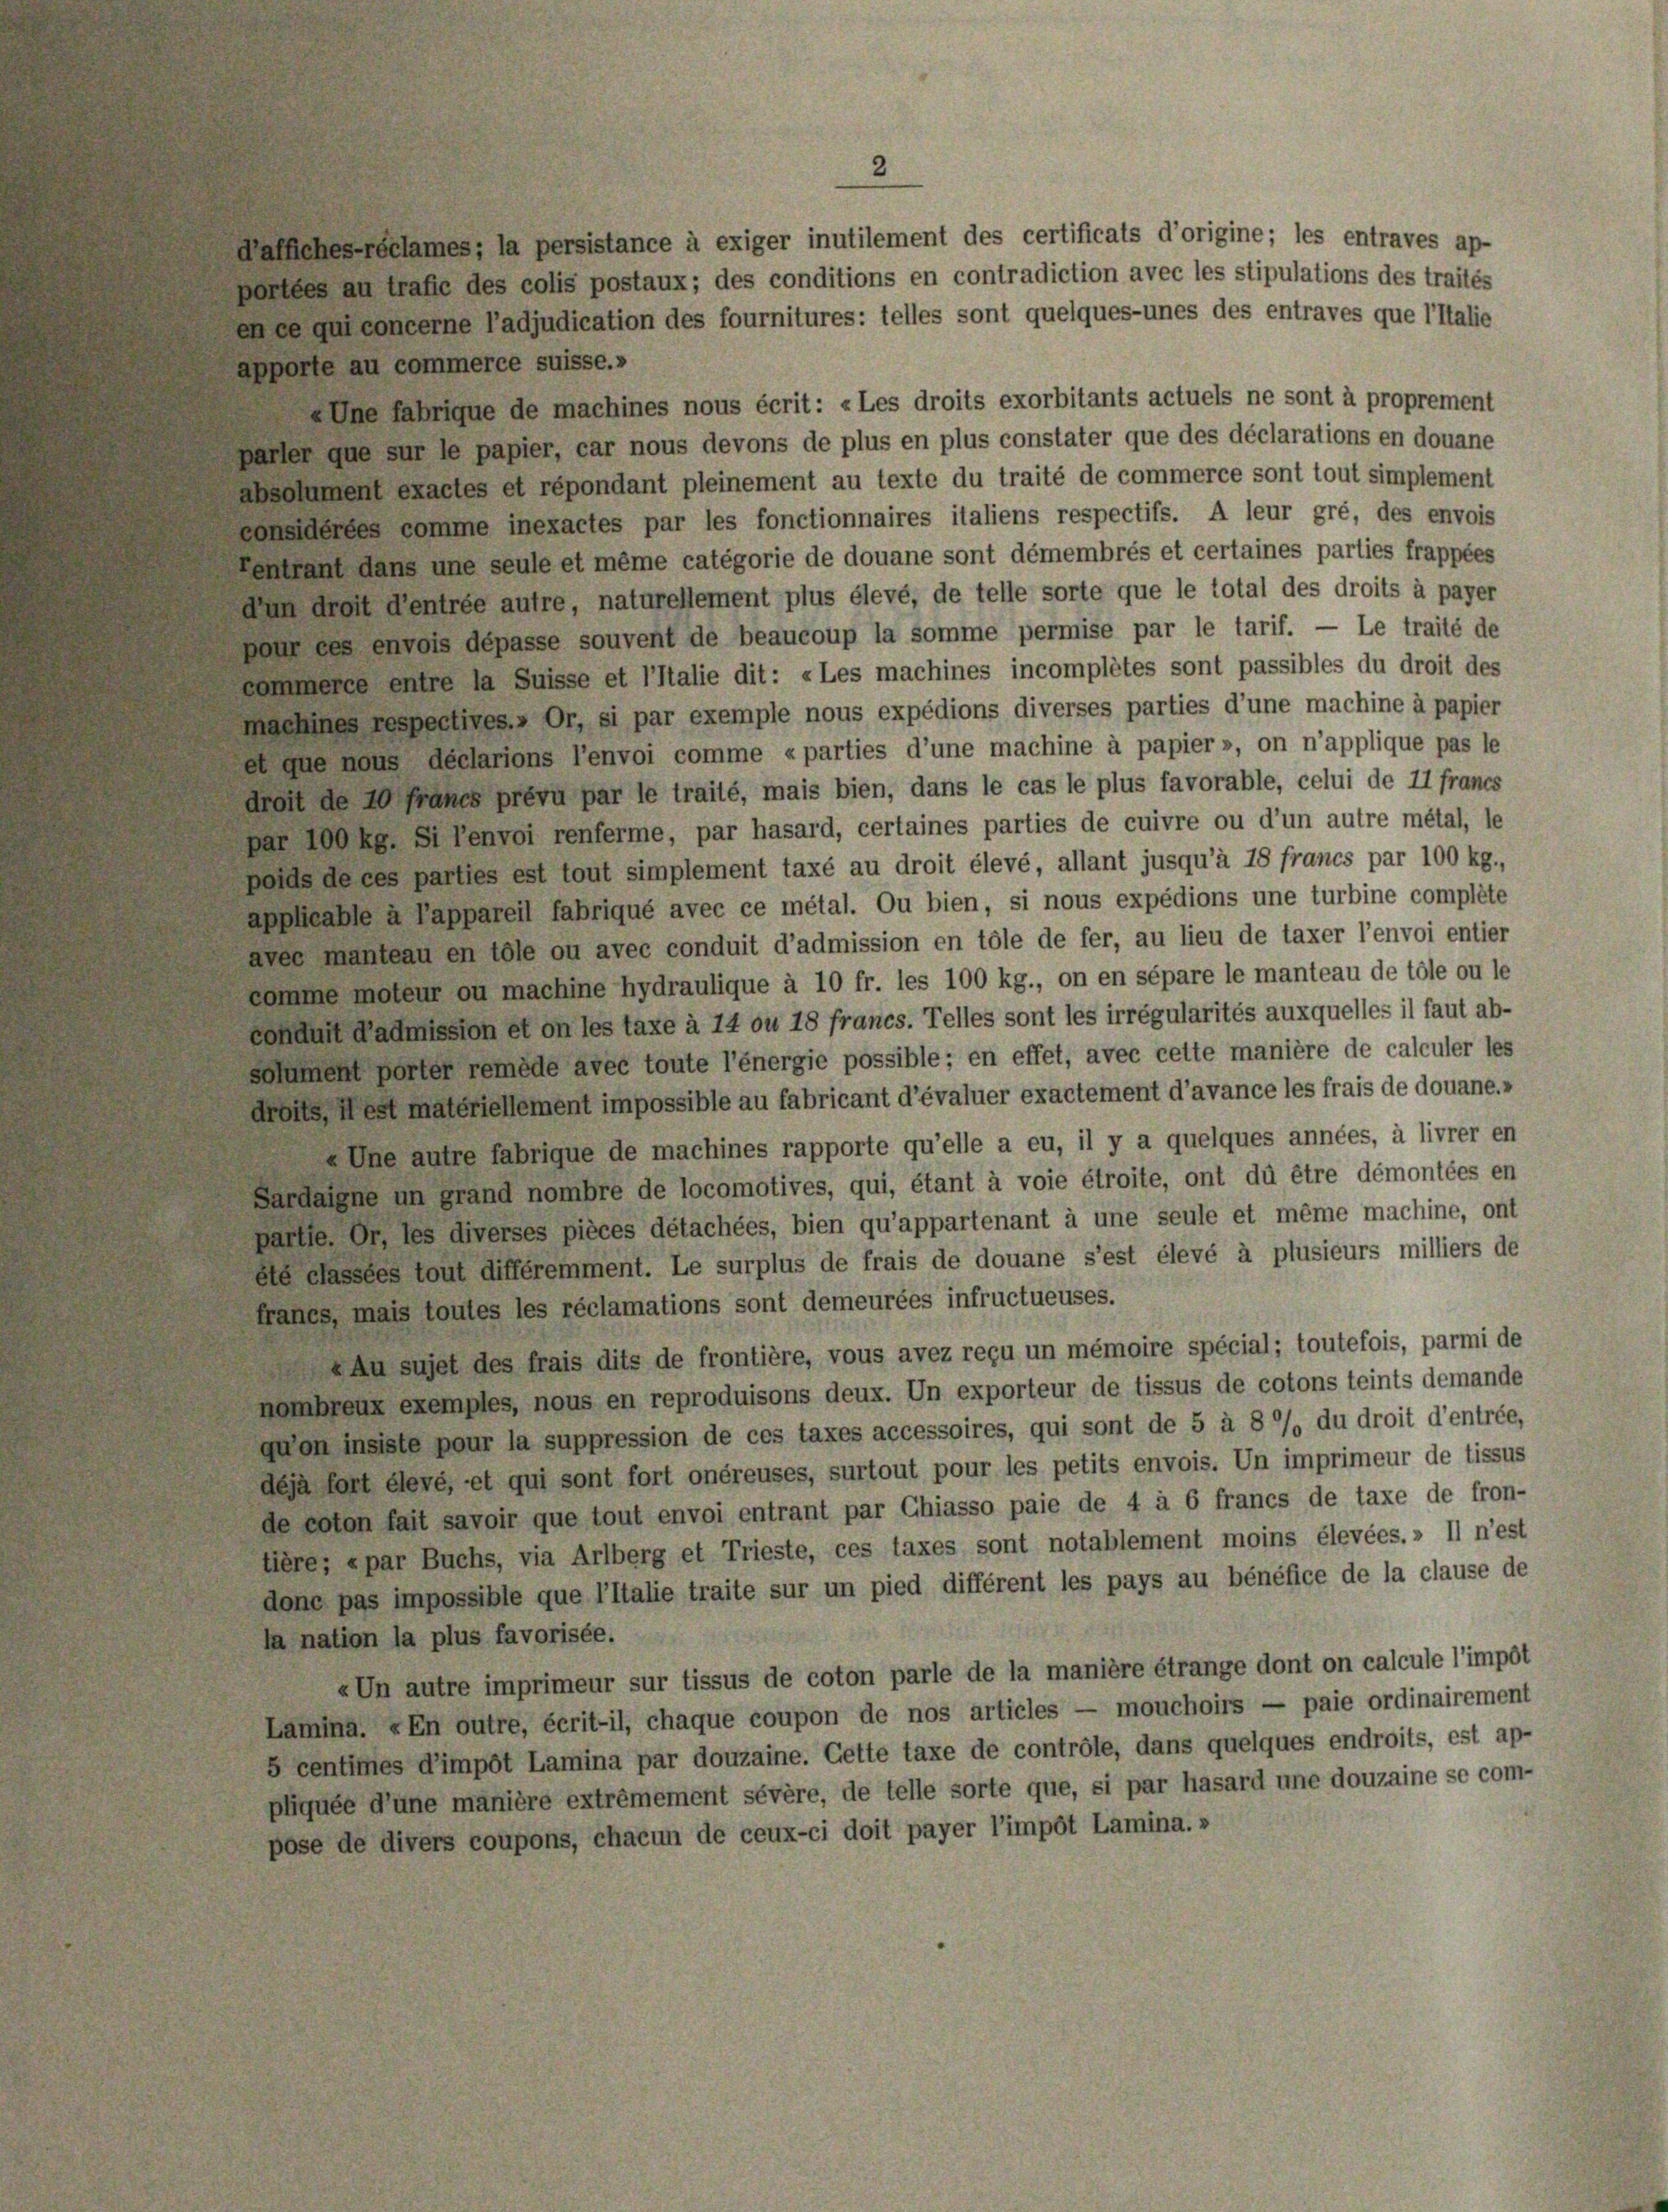
2

abhebensames, la persistance à exiger inutilement des certificats d’origine; les entraves ap-
ortées au trafie des colis postaux; des conditions en contradiction avec les stipulations des traites
be qui concerne Tadjudication des fournitures: telles sont quelques-unes des entraves que l’Italie
pporte au commerce suisse.»
„Une fabrique de machines nous écrit: «Les droits exorbitants actuels ne sont à proprement
arler que sur le papier, car nous devons de plus en plus constater que des déclarations en douane
bsolument exactes et répondant pleinement au texte du traité de commerce sont tout simplement
onsidérées comme inexactes par les fonctionnaires italiens respectifs. A leur gré, des envois
entrant dans une seule et même categorie de douane sont démembrés et certaines parties frappées
un droit d’entrée autre, naturellement plus élevé, de telle sorte que le total des droits à payer
bour ces envois dépasse souvent de beaucoup la somme permise par le tarif. — Le traité de
sommerce entre la Suisse et l’Italie dit: «Les machines incomplétes sont passibles du droit des
machines respectives.» Or, si par exemple nous expédions diverses parties d’une machine à papier
el que nous déclarions l’envoi comme «parties d’une machine à papier», on n’applique pas le
droit de 10 Fraues prévu par le traité, mais bien, dans le cas le plus favorable, celui de 11 francs
ar 100 kg. Si lenvoi renferme, par hasard, certaines parties de cuivre ou d’un autre métal, le
bolds de ces parties est tout simplement taxé au droit élevé, allant jusqu’à 18 francs par 100 kg.,
poheable a Pappareil fabriqué avec ce métal. Du bien, si nous expédions une turbine compléte
aves manteau en tole ou avec conduit d’admission en tole de fer, au lieu de taxer l’envoi entier
komme moteur ou machine hydraulique à 10 fr. les 100 kg., on en sépare le manteau de tole ou le
conduit admission et on les taxe à 14 ou 18 francs. Telles sont les irrégularités auxquelles il faut ab-
solument porter remede avec toute l’energie possible; en effet, avec cette manière de calculer les
droits, es materiellement impossible au fabricant d’évaluer exactement d’avance les frais de douane.»
»Une autre fabrique de machines rapporte qu’elle a eu, il y a quelques années, à livrer en
Bardaune in grand nombre de locomotives, qui, étant à voie étroite, ont dû être démontées en
baille. Er les diverses pièces détachées, bien qu’appartenant à une seule et même machine, ont
ete dassées tout différemment. Le surplus de frais de douane s’est élevé à plusieurs milliers de
fraues, mais toutes les réclamations sont demeurées infructueuses.
Au sujet des frais dits de frontière, vous avez reçu un mémoire spécial; toutefois, parmi de
nombreux exemples, nous en reproduisons deux. Un exporteur de tissus de cotons teints demande
quon insiste pour la suppression de ces taxes accessoires, qui sont de 5 à 8 % du droit d’entrée,
deja fort élevé, et qui sont fort onéreuses, surtout pour les petits envois. Un imprimeur de tissus
de coten fait savoir que tout envoi entrant par Chiasso paie de 4 à 6 francs de taxe de fron-
tière; «par Buchs, via Arlberg et Trieste, ces taxes sont notablement moins élevées.» Il n’est
donc pas impossible que l’Italie traite sur un pied différent les pays au bénéfice de la clause de
la nation la plus favorisée.
«Un autre imprimeur sur tissus de coton parle de la manière étrange dont on calcule l’impot
Lamina. «En outre, écrit-il, chaque coupon de nos articles — mouchoirs — paie ordinairement
5 centimes d’impôt Lamina par douzaine. Cette taxe de controle, dans quelques endroits, est ap-
pliquée d’une manière extrèmement sévère, de telle sorte que, si par hasard une douzaine se com-
pose de divers coupons, chacun de ceux-ci doit payer l’impôt Lamina.»